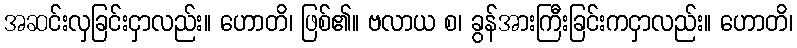
အဆင်းလှခြင်းငှာလည်း။ ဟောတိ၊ ဖြစ်၏။ ဗလာယ စ၊ ခွန်အားကြီးခြင်းကငှာလည်း။ ဟောတိ၊